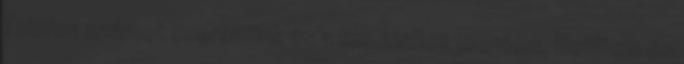
Telefon számot cseréltünk és a limuzinhoz mentem. Beültem és